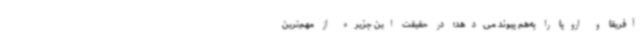
آفریقا و اروپا را به‌هم پیوند می‌دهد؛ در حقیقت این جزیره از مهم‌ترین